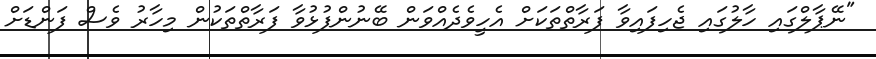
"ނޭޕާލްގައި ހާލުގައި ޖެހިފައިވާ ފަރާތްތަކަށް އެހީވެދެއްވަން ބޭނުންފުޅުވާ ފަރާތްތަކުން މިހާރު ވެސް ފަންޑަށް